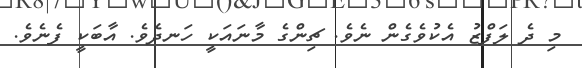
މި ދެ ލަފްޒު އެކުވެގެން ނެވެ. ޗިންގެ މާނައަކީ ހަނދެވެ. އާބަކީ ފެނެވެ.